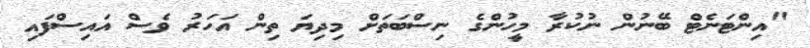
"އިންޓަނެޓް ބޭނުން ނުކުރާ މީހުންގެ ނިސްބަތަށް މިދިޔަ ތިން އަހަރު ވެސް އައިސްފައި